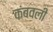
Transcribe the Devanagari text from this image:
कंबवली